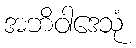
အဘိဝါဒေသုံ